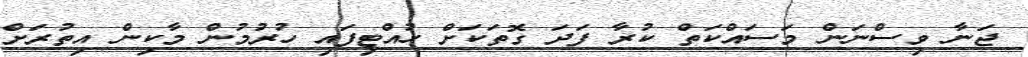
ޖަނާ ވިސްނަން މަސައްކަތް ކުރާ ފަދަ ގޮތަކަށް ހުއްޓިފައި ހުރުމުން މާކިން އިތުރަށް